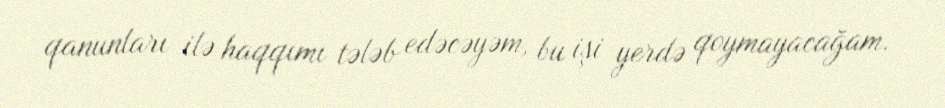
qanunları ilə haqqımı tələb edəcəyəm, bu işi yerdə qoymayacağam.